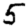
Digit: 5